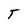
Character: T